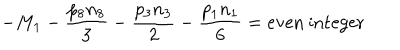
LaTeX: - M _ { 1 } - { \frac { p _ { 8 } n _ { 8 } } { 3 } } - { \frac { p _ { 3 } n _ { 3 } } { 2 } } - { \frac { p _ { 1 } n _ { 1 } } { 6 } } = \mathrm { e v e n } \ \mathrm { i n t e g e r }